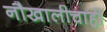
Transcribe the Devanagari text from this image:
नौखालीचाही